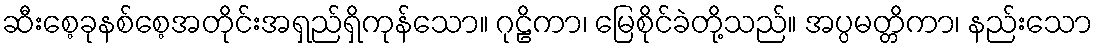
ဆီးစေ့ခုနစ်စေ့အတိုင်းအရှည်ရှိကုန်သော။ ဂုဠိကာ၊ မြေစိုင်ခဲတို့သည်။ အပ္ပမတ္တိကာ၊ နည်းသော